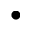
\bullet